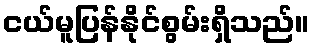
ငယ်မူပြန်နိုင်စွမ်းရှိသည်။